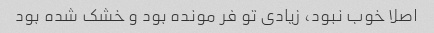
اصلا خوب نبود، زیادی تو فر مونده بود و خشک شده بود